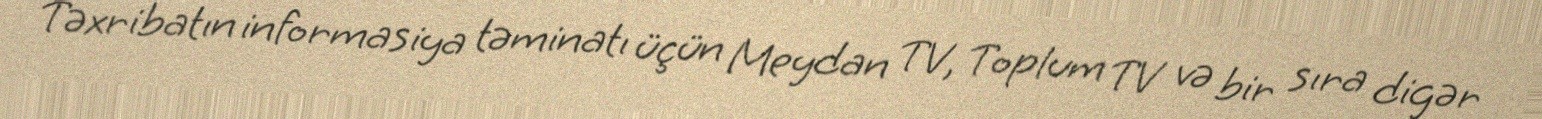
Təxribatın informasiya təminatı üçün Meydan TV, Toplum TV və bir sıra digər